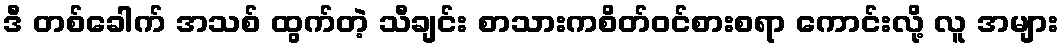
ဒီ တစ်ခေါက် အသစ် ထွက်တဲ့ သီချင်း စာသားကစိတ်ဝင်စားစရာ ကောင်းလို့ လူ အများ